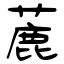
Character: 蔍